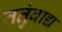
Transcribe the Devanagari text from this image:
ततुंवाद्य